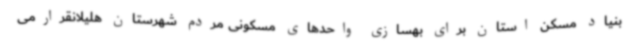
بنیاد مسکن استان برای بهسازی واحدهای مسکونی مردم شهرستان هلیلانقرارمی